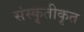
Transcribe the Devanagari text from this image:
संस्कृतीकृत